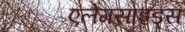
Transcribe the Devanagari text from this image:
एलेगसाइड्स